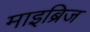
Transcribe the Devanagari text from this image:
माइब्रिज